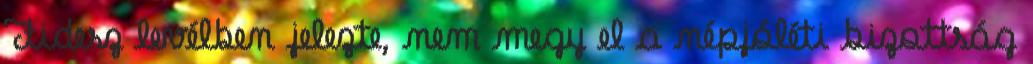
Fidesz levélben jelezte, nem megy el a népjóléti bizottság